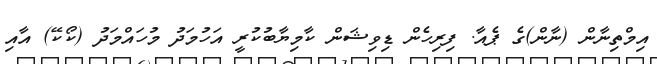
އިމްތިނާން (ނާން)ގެ ޕެއާ. ފިރިހެން ޑިވިޝަން ކާމިޔާބުކުރީ އަހުމަދު މުހައްމަދު (ކޯކޭ) އާއި